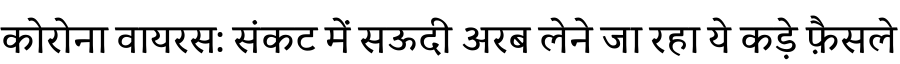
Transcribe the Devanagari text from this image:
कोरोना वायरस: संकट में सऊदी अरब लेने जा रहा ये कड़े फ़ैसले